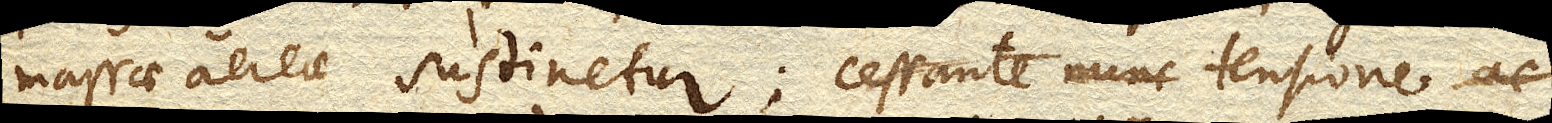
massae aereae sustinetur; cessante nunc tensione ac tensione